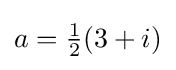
a={\tfrac {1}{2}}(3+i)